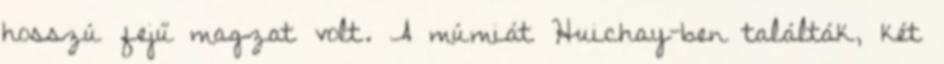
hosszú fejű magzat volt. A múmiát Huichay-ben találták, két